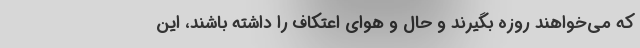
که می‌خواهند روزه بگیرند و حال و هوای اعتکاف را داشته باشند، این